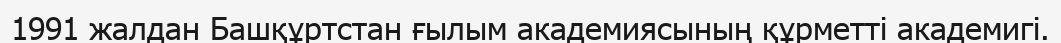
1991 жалдан Башқұртстан ғылым академиясының құрметті академигі.